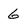
Character: 6